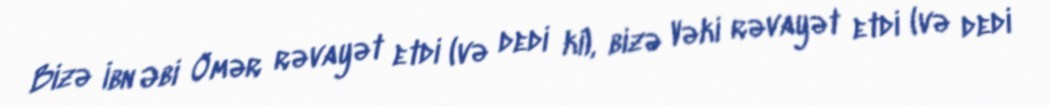
Bizə İbn Əbi Ömər rəvayət etdi (və dedi ki), bizə Vəki rəvayət etdi (və dedi